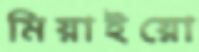
মিয়াইয়ো